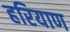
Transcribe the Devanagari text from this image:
हरियाण